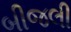
બીજલી